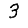
Digit: 3